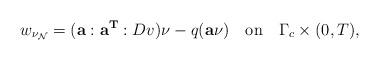
LaTeX: \begin{align*}w_{\nu_{\mathcal{N}}}=(\mathbf{a}:\mathbf{a}^{\mathbf{T}}:Dv)\nu-q(\mathbf{a}\nu)\quad\mbox{on}\quad\Gamma_c\times(0,T),\end{align*}